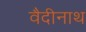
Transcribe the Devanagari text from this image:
वैदीनाथ